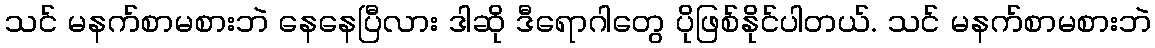
သင် မနက်စာမစားဘဲ နေနေပြီလား ဒါဆို ဒီရောဂါတွေ ပိုဖြစ်နိုင်ပါတယ်. သင် မနက်စာမစားဘဲ